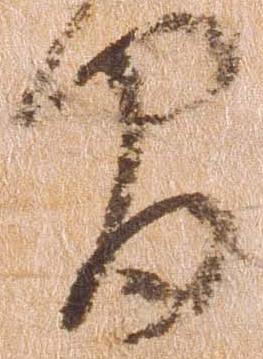
間